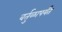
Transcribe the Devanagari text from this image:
वर्तुळापर्यंत